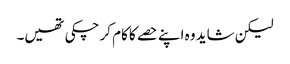
لیکن شاید وہ اپنے حصے کا کام کر چکی تھیں۔